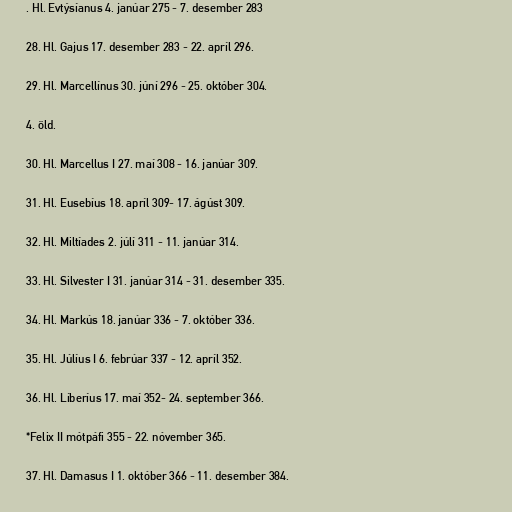
. Hl. Evtýsíanus 4. janúar 275 - 7. desember 283

28. Hl. Gajus 17. desember 283 - 22. apríl 296.

29. Hl. Marcellínus 30. júní 296 - 25. október 304.

4. öld.

30. Hl. Marcellus I 27. maí 308 - 16. janúar 309.

31. Hl. Eusebíus 18. apríl 309- 17. ágúst 309.

32. Hl. Miltíades 2. júlí 311 - 11. janúar 314.

33. Hl. Silvester I 31. janúar 314 - 31. desember 335.

34. Hl. Markús 18. janúar 336 - 7. október 336.

35. Hl. Júlíus I 6. febrúar 337 - 12. apríl 352.

36. Hl. Líberíus 17. maí 352- 24. september 366.

*Felix II mótpáfi 355 - 22. nóvember 365.

37. Hl. Damasus I 1. október 366 - 11. desember 384.